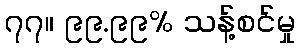
၇၇။ ၉၉.၉၉% သန့်စင်မှု